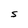
Character: S